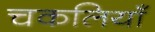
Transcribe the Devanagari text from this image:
चकलियाँ